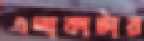
এলাকাটার